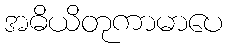
အဓိယိတုကာမာပေ